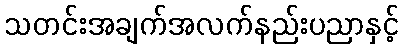
သတင်းအချက်အလက်နည်းပညာနှင့်